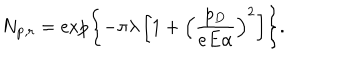
LaTeX: N _ { { \bf p } , r } = \exp \left\{ - \pi \lambda \left[ 1 + \left( \frac { p _ { D } } { e E \alpha } \right) ^ { 2 } \right] \right\} .